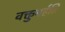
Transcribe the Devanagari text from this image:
वक्तुमर्हति